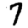
Digit: 7